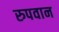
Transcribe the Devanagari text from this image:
रुपवान